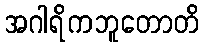
အဂါရိကဘူတောတိ